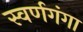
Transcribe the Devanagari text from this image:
स्वर्णगंगा